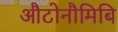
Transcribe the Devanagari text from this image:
औटोनौमिबि